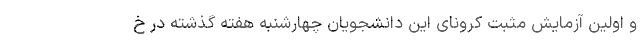
و اولین آزمایش مثبت کرونای این دانشجویان چهارشنبه هفته گذشته در خ